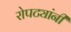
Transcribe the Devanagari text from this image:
रोपट्यांनी